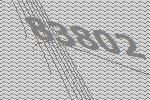
83802